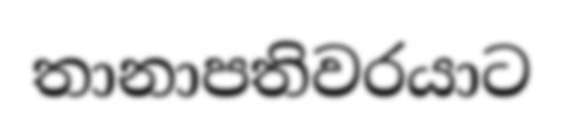
තානාපතිවරයාට